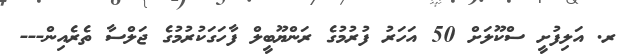
ރ. އަލިފުށީ ސްކޫލަށް 50 އަހަރު ފުރުމުގެ ރަންޔޫބީލް ފާހަގަކުރުމުގެ ޖަލްސާ ތެރެއިން---